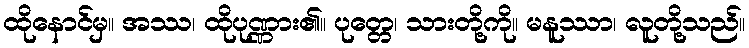
ထိုနောင်မှ။ အဿ၊ ထိုပုဏ္ဏား၏။ ပုတ္တေ၊ သားတို့ကို။ မနူဿာ၊ လူတို့သည်။